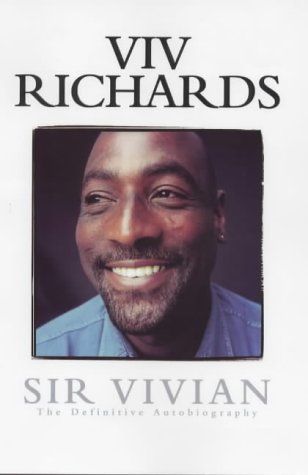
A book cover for Sir Vivian: The Definitive Autobiography; Viv Richards; Sports & Outdoors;